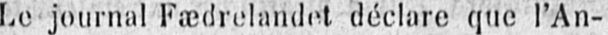
Le journal Fædrelandet déclare que l’An-